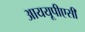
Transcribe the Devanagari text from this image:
आययूपीएसी